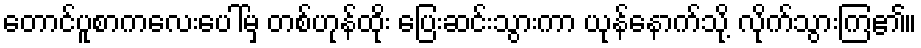
တောင်ပူစာကလေးပေါ်မှ တစ်ဟုန်ထိုး ပြေးဆင်းသွားကာ ယုန်နောက်သို့ လိုက်သွားကြ၏။